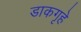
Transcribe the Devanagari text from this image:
डाकगृहे